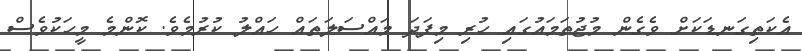
އެކަތިގަނޑަކަށް ވެގެން މުޖުތަމައުގައި ހުރި މިފަދަ މައްސަލަތައް ހައްލު ކުރުމެވެ. ކޮންމެ މީހަކުވެސް